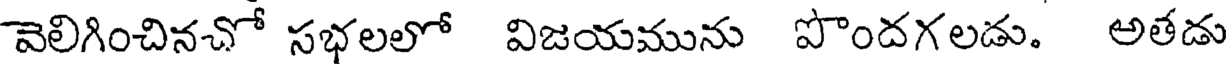
వెలిగించినచో సభలలో విజయమును పొందగలడు. అతడు